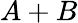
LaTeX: A+B